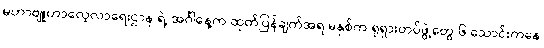
မဟာဗျူဟာလေ့လာရေးဌာန ရဲ့ အင်္ဂါနေ့က ထုတ်ပြန်ချက်အရ မနှစ်က ရုရှားတပ်ဖွဲ့တွေ ၆ သောင်းကနေ